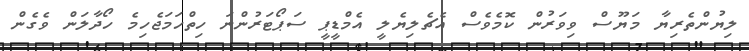
ލިޔުންތެރިޔާ މަޔޫސް ވިވަރުން ކޮމެވެސް އެޗެލިޔެލީ އެމްޑީޕީ ސަޕޯޓަރުންނަ ހިތްހަމަޖެހިމެ ހޯދާލަން ވެގެން